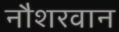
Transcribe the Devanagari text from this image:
नौशरवान